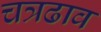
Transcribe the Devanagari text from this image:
चत्रढाव